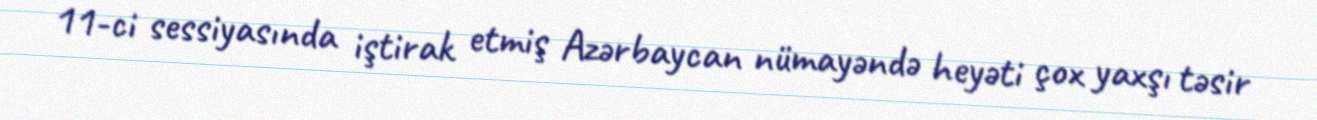
11-ci sessiyasında iştirak etmiş Azərbaycan nümayəndə heyəti çox yaxşı təsir